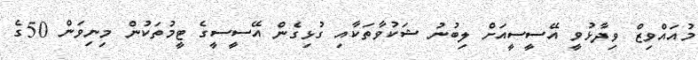
މުއައްވިޒް ވިދާޅުވީ އޭސީސީއަށް ލިބުނު ޝަކުވާތަކާއި ގުޅިގެން އޭސީސީގެ ޓީމުތަކުން މިނިވަން 50ގެ